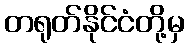
တရုတ်နိုင်ငံတို့မှ